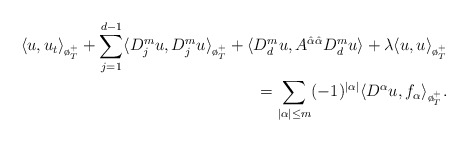
\begin{align*}\langle u,u_t\rangle_{\o_T^+}+\sum_{j=1}^{d-1}\langle D_j^m u, D_j^m u\rangle_{\o_T^+}+\langle D_d^mu, A^{\hat{\alpha}\hat{\alpha}}D^m_d u\rangle+\lambda \langle u,u\rangle_{\o_T^+}\\=\sum_{|\alpha|\le m}(-1)^{|\alpha|} \langle D^\alpha u,f_\alpha \rangle_{\o_T^+}.\end{align*}